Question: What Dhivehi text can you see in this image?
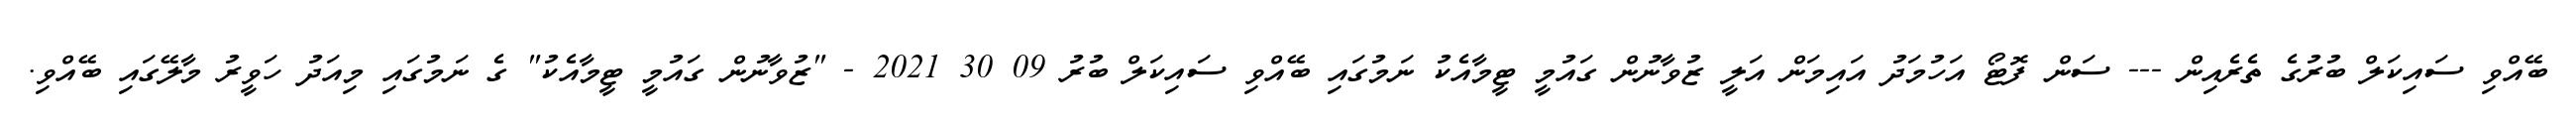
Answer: ބޭއްވި ސައިކަލް ބުރުގެ ތެރެއިން --- ސަން ފޮޓޯ އަހުމަދު އައިމަން އަލީ ޒުވާނުން ގައުމީ ޓީމާއެކު ނަމުގައި ބޭއްވި ސައިކަލް ބުރު 09 30 2021 - "ޒުވާނުން ގައުމީ ޓީމާއެކު" ގެ ނަމުގައި މިއަދު ހަވީރު މާލޭގައި ބޭއްވި.